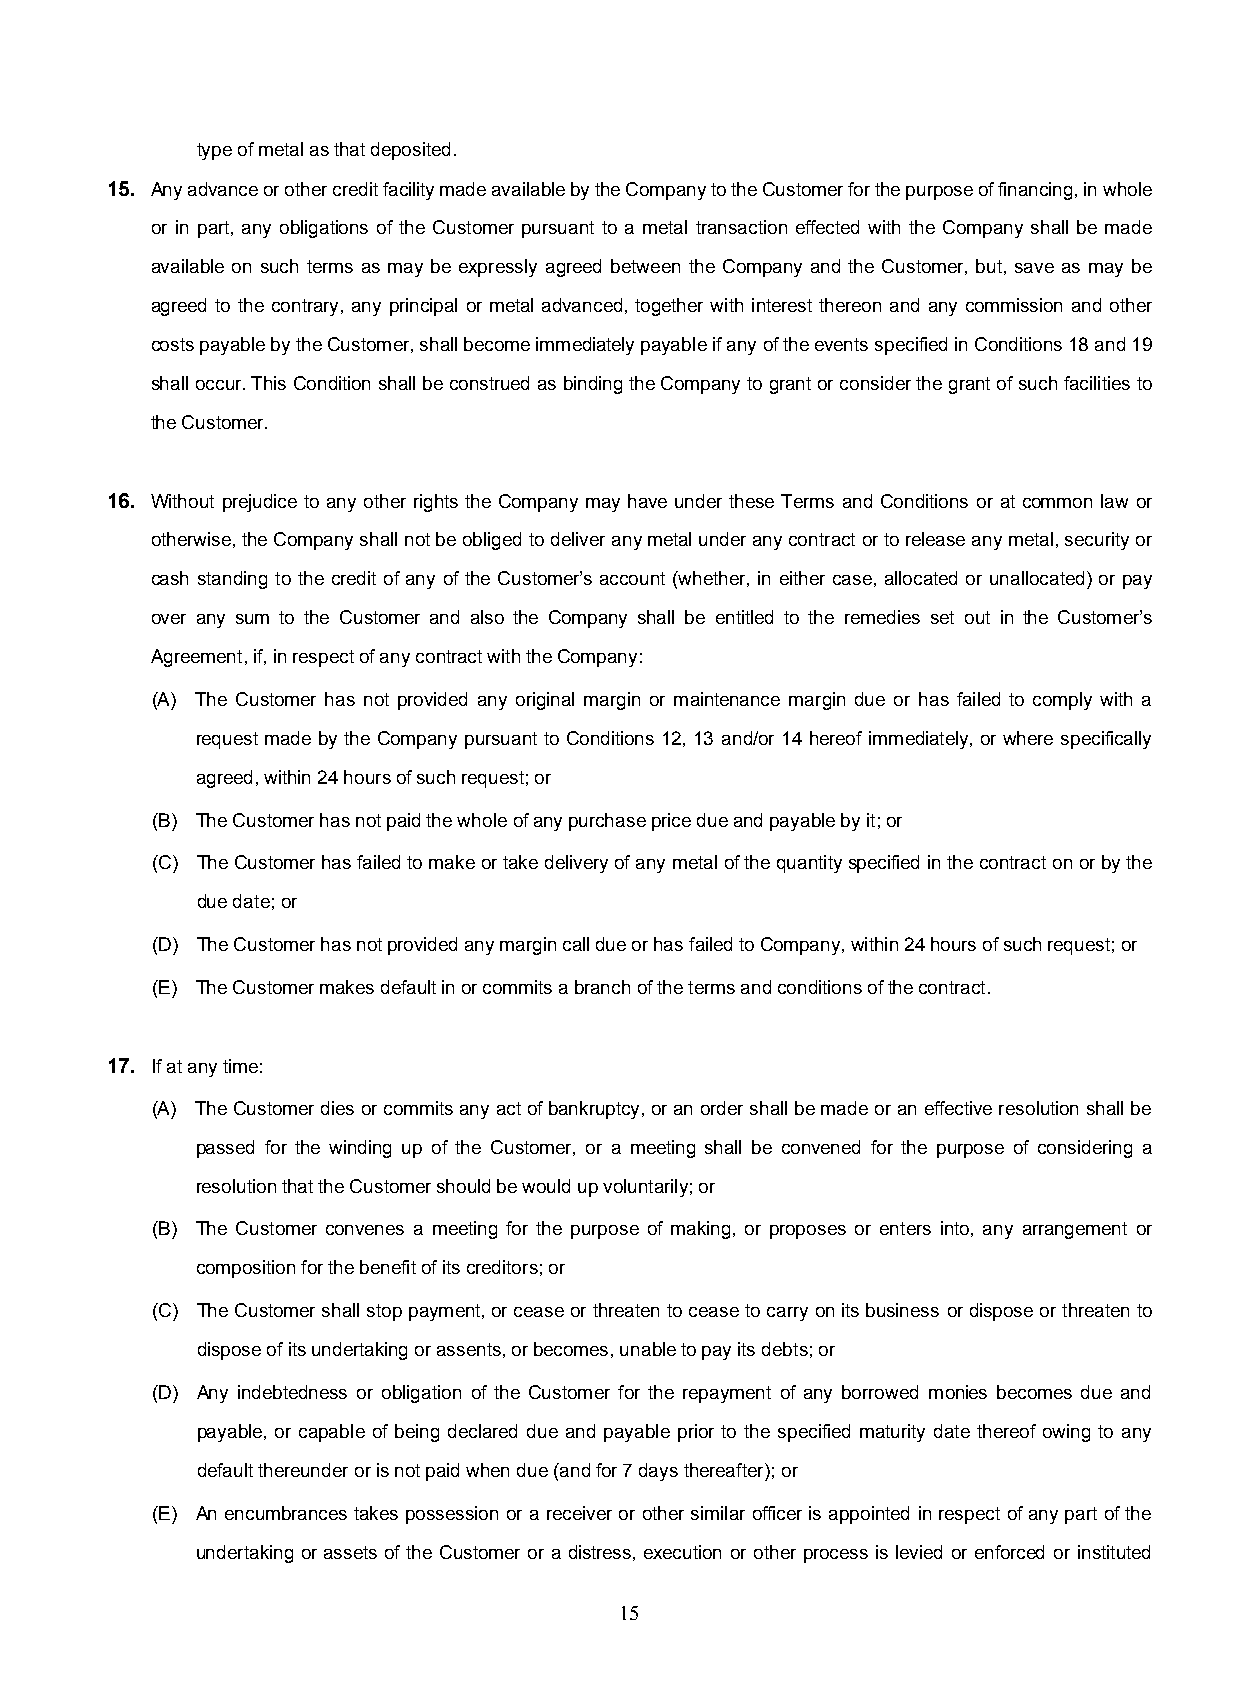
type of metal as that deposited.
 15. Any advance or other credit facility made available by the Company to the Customer for the purpose of financing, in whole
 or in part, any obligations of the Customer pursuant to a metal transaction effected with the Company shall be made
 available on such terms as may be expressly agreed between the Company and the Customer, but, save as may be
 agreed to the contrary, any principal or metal advanced, together with interest thereon and any commission and other
 costs payable by the Customer, shall become immediately payable if any of the events specified in Conditions 18 and 19
 shall occur. This Condition shall be construed as binding the Company to grant or consider the grant of such facilities to
 the Customer.
 16. Without prejudice to any other rights the Company may have under these Terms and Conditions or at common law or
 otherwise, the Company shall not be obliged to deliver any metal under any contract or to release any metal, security or
 cash standing to the credit of any of the Customer’s account (whether, in either case, allocated or unallocated) or pay
 over any sum to the Customer and also the Company shall be entitled to the remedies set out in the Customer’s
 Agreement, if, in respect of any contract with the Company:
 (A) The Customer has not provided any original margin or maintenance margin due or has failed to comply with a
 request made by the Company pursuant to Conditions 12, 13 and/or 14 hereof immediately, or where specifically
 agreed, within 24 hours of such request; or
 (B) The Customer has not paid the whole of any purchase price due and payable by it; or
 (C) The Customer has failed to make or take delivery of any metal of the quantity specified in the contract on or by the
 due date; or
 (D) The Customer has not provided any margin call due or has failed to Company, within 24 hours of such request; or
 (E) The Customer makes default in or commits a branch of the terms and conditions of the contract.
 17. If at any time:
 (A) The Customer dies or commits any act of bankruptcy, or an order shall be made or an effective resolution shall be
 passed for the winding up of the Customer, or a meeting shall be convened for the purpose of considering a
 resolution that the Customer should be would up voluntarily; or
 (B) The Customer convenes a meeting for the purpose of making, or proposes or enters into, any arrangement or
 composition for the benefit of its creditors; or
 (C) The Customer shall stop payment, or cease or threaten to cease to carry on its business or dispose or threaten to
 dispose of its undertaking or assents, or becomes, unable to pay its debts; or
 (D) Any indebtedness or obligation of the Customer for the repayment of any borrowed monies becomes due and
 payable, or capable of being declared due and payable prior to the specified maturity date thereof owing to any
 default thereunder or is not paid when due (and for 7 days thereafter); or
 (E) An encumbrances takes possession or a receiver or other similar officer is appointed in respect of any part of the
 undertaking or assets of the Customer or a distress, execution or other process is levied or enforced or instituted
 15